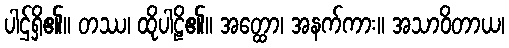
ပါဌ်ရှိ၏။ တဿ၊ ထိုပါဠိ၏။ အတ္ထော၊ အနက်ကား။ အသာဝိတာယ၊